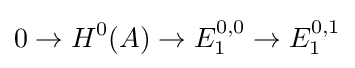
0\to H^{0}(A)\to E_{1}^{0,0}\to E_{1}^{0,1}